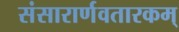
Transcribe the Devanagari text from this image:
संसारार्णवतारकम्